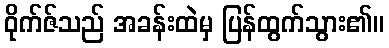
ဝိုက်ဇ်သည် အခန်းထဲမှ ပြန်ထွက်သွား၏။